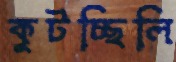
কুটচ্ছিলি